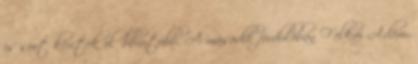
is sort kerítek előbb-utóbb. A második fordulóban Felkai Ádám,